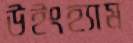
উইংহ্যাম